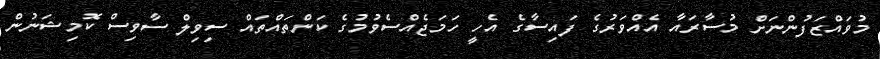
މުވައްޒަފުންނަށް މުސާރައާ އެއްވަރުގެ ފައިސާގެ އެހީ ހަމަޖެއްސެވުމުގެ ކަންތައްތައް ސިވިލް ސާވިސް ކޮމިޝަނުން